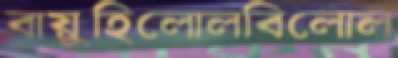
বায়ুহিলোলবিলোল